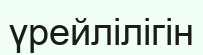
үрейлілігін